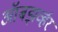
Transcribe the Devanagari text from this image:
ऑबझर्व्हर